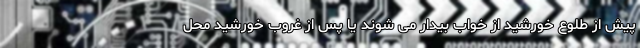
پیش از طلوع خورشید از خواب بیدار می شوند یا پس از غروب خورشید محل